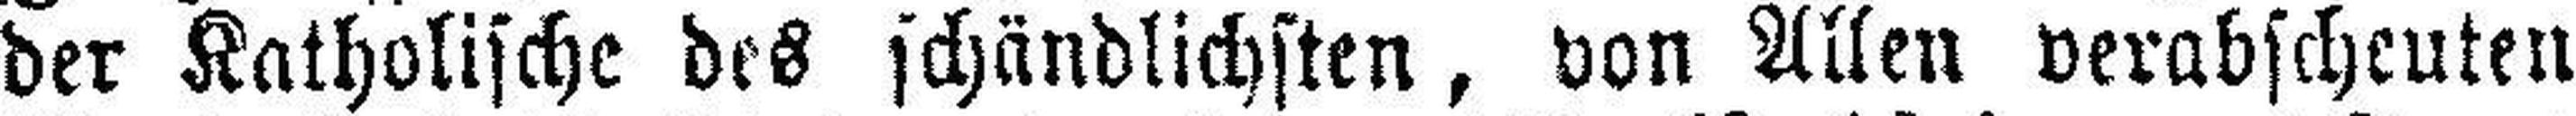
der Katholische des schändlichsten, von Allen verabscheuten